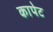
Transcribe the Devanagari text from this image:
कापेट